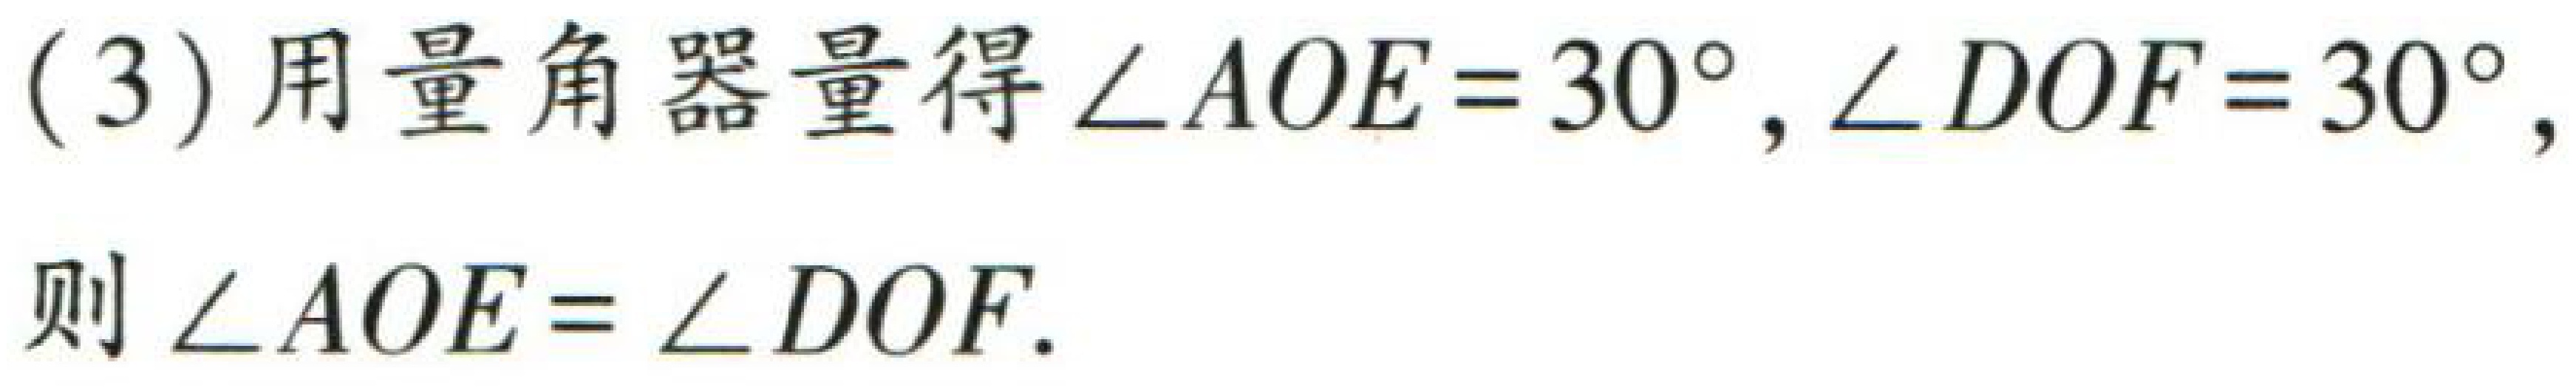
(3)用量角器量得$\angle AOE = 30^{\circ}, \angle DOF = 30^{\circ},$

则$\angle AOE=\angle DOF.$